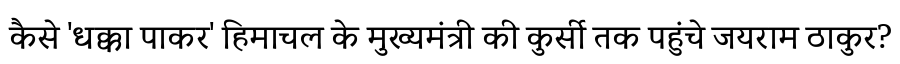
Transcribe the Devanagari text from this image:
कैसे 'धक्का पाकर' हिमाचल के मुख्यमंत्री की कुर्सी तक पहुंचे जयराम ठाकुर?